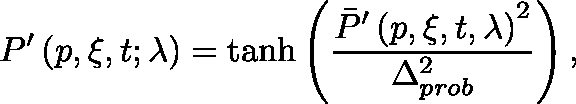
P ^ { \prime } \left( p , \xi , t ; \mathbf { \lambda } \right) = \operatorname { t a n h } \left( \frac { { \bar { P } ^ { \prime } \left( p , \xi , t , \mathbf { \lambda } \right) } ^ { 2 } } { \Delta _ { p r o b } ^ { 2 } } \right) ,